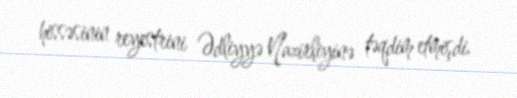
hissəsinin reyestrini Ədliyyə Nazirliyinə təqdim etmişdi.